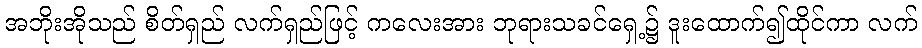
အဘိုးအိုသည် စိတ်ရှည် လက်ရှည်ဖြင့် ကလေးအား ဘုရားသခင်ရှေ့၌ ဒူးထောက်၍ထိုင်ကာ လက်